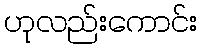
ဟုလည်းကောင်း